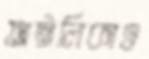
অট্টালিকাও